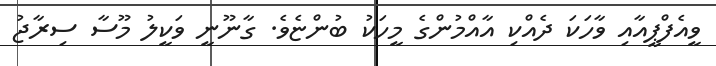
ވީއެފްޕީއާއި ވާހަކަ ދެއްކި އާއްމުންގެ މީހަކު ބުންޏެވެ. ގާނޫނީ ވަކީލު މޫސާ ސިރާޖު